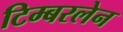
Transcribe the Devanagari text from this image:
टिम्बरलेन